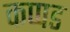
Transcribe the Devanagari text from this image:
कप्पड